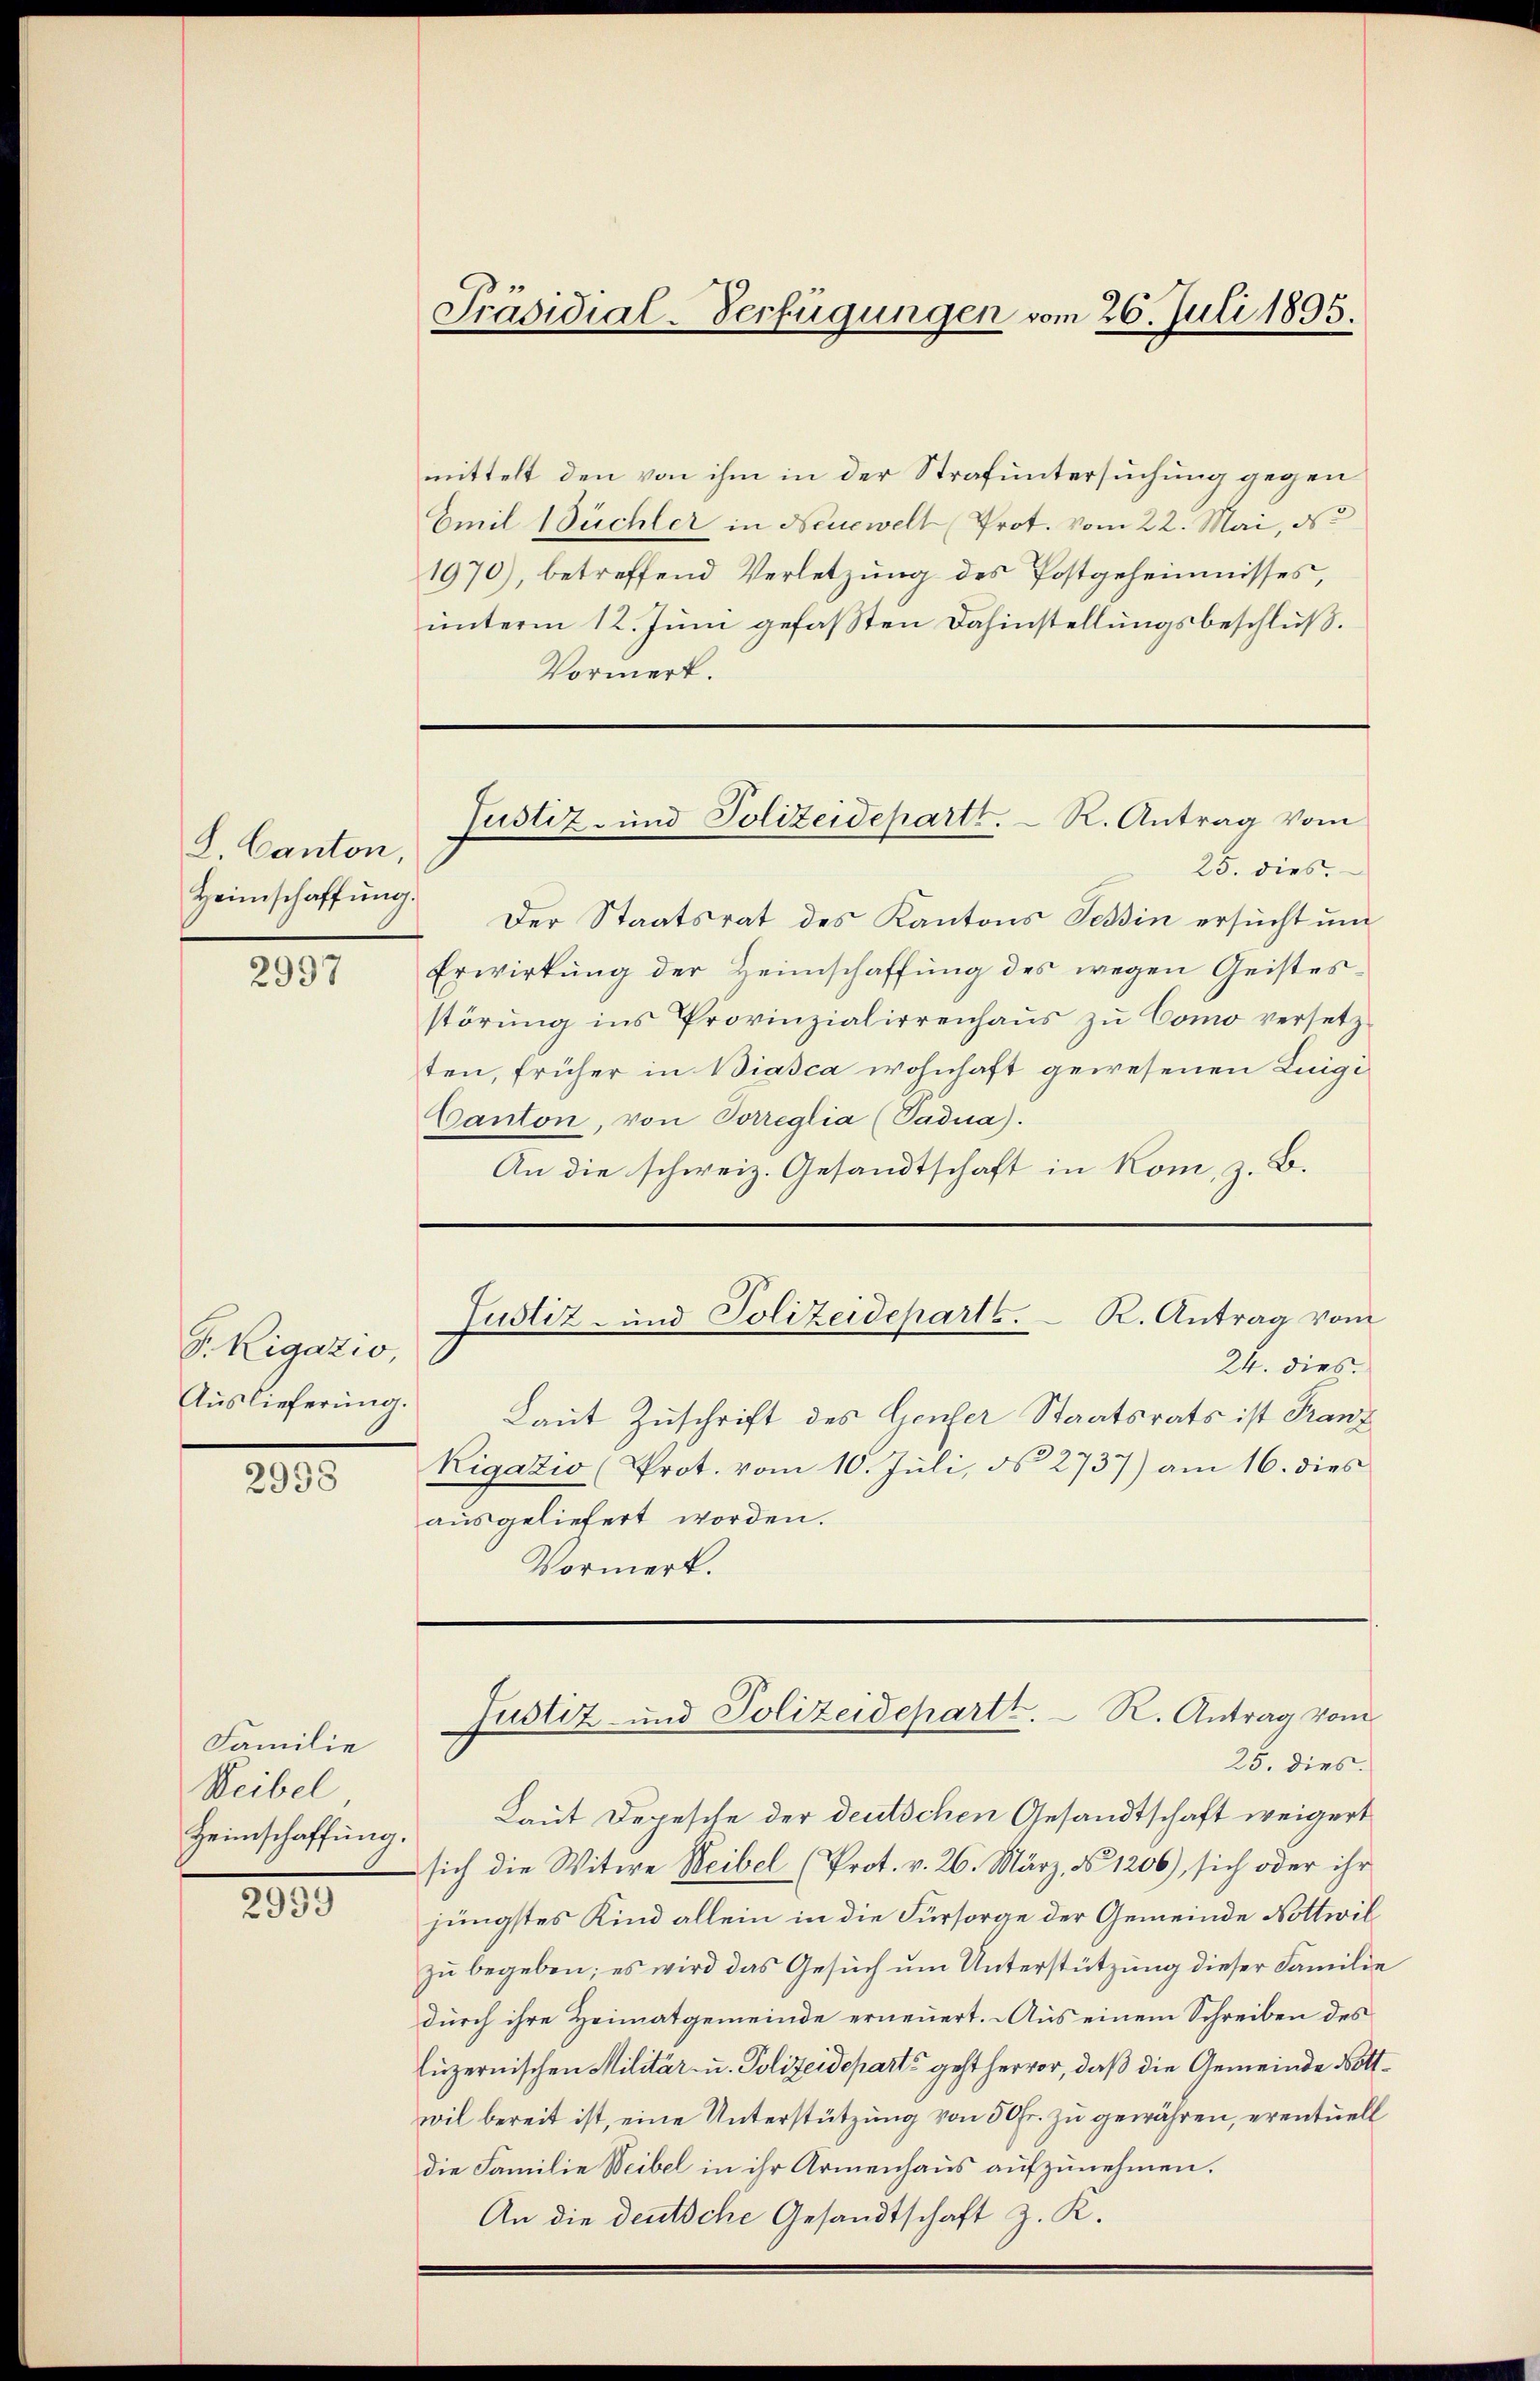
L. Canton
Heimschaffung.

2997

F. Rigazio,
Auslieferung.

2958

Familie
Reibel
Heimschaffung.

2939

mittelt den von ihm in der Strafuntersuchung gegen
Emil Büchler in Neuewelt Prot. vom 22. Mai, d
1970), betreffend Verletzung des Postgeheimnisses,
unterm 12. Juni gefassten Dahinstellungsbeschluß.
Vormerk.

Präsidial-Verfügungen vom 26. Juli 1895.

24. dies
Laut Zuschrift des Genfer Staatsrats ist Franz
Rigazio (Prot. vom 10. Jŭli, d. 2737) am 16. dies
ausgeliefert worden.
Vormerk.

25. dies
Laut Depesche der deutschen Gesandtschaft weigert
sich die Witwe Weibel (Prot. v. 26. März, § 1206), sich oder ihr
jüngstes Kind allein in die Fürsorge der Gemeinde Nottwil
zu begeben; es wird das Gesuch um Unterstützung dieser Familie
durch ihre Heimatgemeinde erneuert. Aus einem Schreiben des
Euzernischen Militär- u. Polizeidepart geht hervor, daß die Gemeinde Nottwil bereit ist, eine Unterstützung von 50 fr. zu gewähren, eventuell
die Familie Weibel in ihr Armenhaus aufzunehmen.
An die deutsche Gesandtschaft z. K.

25. dies.
Der Staatsrat des Kantons Tessin ersucht und
Erwirkung der Heimschaffung des wegen Geistesstörung ins Provinzialirrenhaus zu Como versetzten, früher in Biasca wohnhaft gewesenen Luigi
Canton, von Sorreglia (Padua).
An die schweiz. Gesandtschaft in Rom, z. B.

Justiz- und Polizeideparti. R. Antrag vom

Justiz- und Polizeideparte. K. Antrag vom

Justiz- und Polizeidepartt. R. Antrag vom